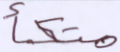
متكأ